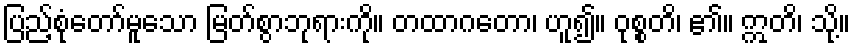
ပြည့်စုံတော်မူသော မြတ်စွာဘုရားကို။ တထာဂတော၊ ဟူ၍။ ဝုစ္စတိ၊ ၏။ ဣတိ၊ သို့။